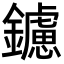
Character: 鑢